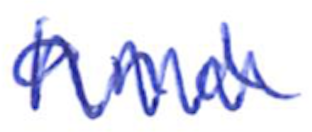
Text: and
Cross-out: zig-zag
Writing tool: ballpoint